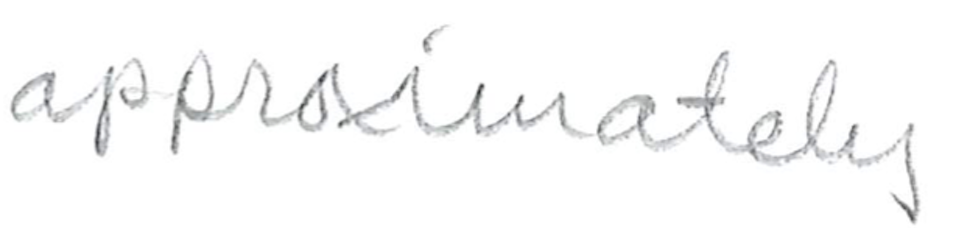
Text: approximately
Cross-out: clean
Writing tool: pencil